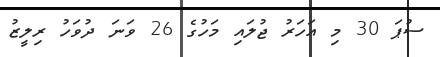
ސުޕަ 30 މި އަހަރު ޖުލައި މަހުގެ 26 ވަނަ ދުވަހު ރިލީޒު